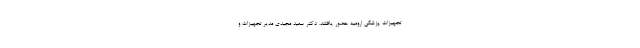
تجهیزات پزشکی ارومیه حضور یافتند. دکتر سعید مجیدی مدیر تجهیزات و